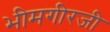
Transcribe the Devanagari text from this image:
भीमगीरजी